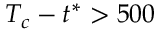
T _ { c } - t ^ { * } > 5 0 0